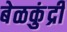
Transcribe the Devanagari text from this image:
बेळकुंद्री